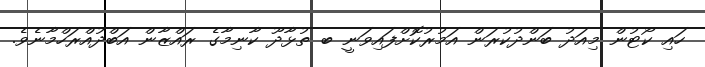
ހައި ކޯޓުން މިއަދު ބަންދުކުރަން އަމުރުކޮށްފައިވަނީ ބ ތުޅާދޫ ކާނިމާގެ ރައްޒާން އަބްދުއްރަހްމާނެވެ.